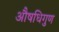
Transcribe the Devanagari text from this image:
औषधिगुण